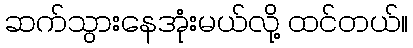
ဆက်သွားနေအုံးမယ်လို့ ထင်တယ်။